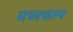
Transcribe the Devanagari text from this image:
मध्यकल्प